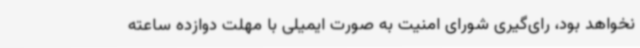
نخواهد بود، رای‌گیری شورای امنیت به صورت ایمیلی با مهلت دوازده ساعته